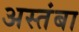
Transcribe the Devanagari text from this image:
अस्तंबा